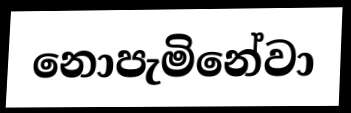
නොපැමිනේවා